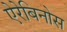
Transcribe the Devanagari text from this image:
ऐरेबिनोस